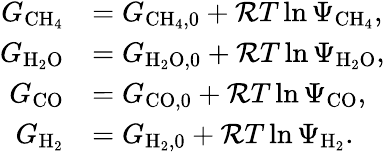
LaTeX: \begin{array}{rl}{G_{\mathrm{CH_{4}}}}&{=G_{\mathrm{CH_{4},0}}+{\cal R}T\ln{\Psi_{\mathrm{CH_{4}}}},}\\ {G_{\mathrm{H_{2}O}}}&{=G_{\mathrm{H_{2}O,0}}+{\cal R}T\ln{\Psi_{\mathrm{H_{2}O}}},}\\ {G_{\mathrm{CO}}}&{=G_{\mathrm{CO,0}}+{\cal R}T\ln{\Psi_{\mathrm{CO}}},}\\ {G_{\mathrm{H_{2}}}}&{=G_{\mathrm{H_{2},0}}+{\cal R}T\ln{\Psi_{\mathrm{H_{2}}}}.}\end{array}